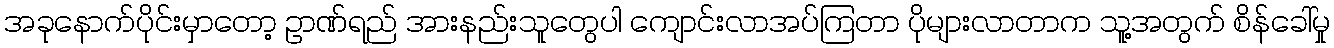
အခုနောက်ပိုင်းမှာတော့ ဥာဏ်ရည် အားနည်းသူတွေပါ ကျောင်းလာအပ်ကြတာ ပိုများလာတာက သူ့အတွက် စိန်ခေါ်မှု